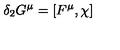
\delta _ { 2 } G ^ { \mu } = [ F ^ { \mu } , \chi ]